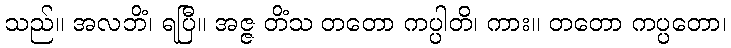
သည်။ အလဘိံ၊ ရပြီ။ အဇ္ဇ တိံသ တတော ကပ္ပါတိ၊ ကား။ တတော ကပ္ပတော၊